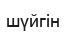
шүйгін